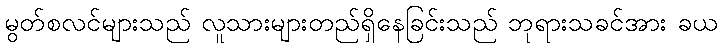
မွတ်စလင်များသည် လူသားများတည်ရှိနေခြင်းသည် ဘုရားသခင်အား ခယ